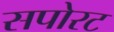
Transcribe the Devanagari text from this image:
सपोरट